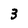
Character: 3